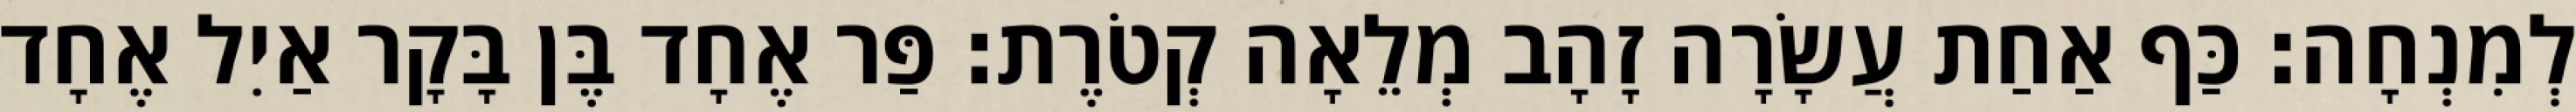
לְמִנְחָה׃ כַּף אַחַת עֲשָׂרָה זָהָב מְלֵאָה קְטֹרֶת׃ פַּר אֶחָד בֶּן בָּקָר אַיִל אֶחָד